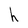
Character: h